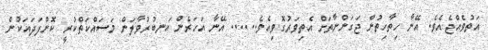
އަތުވެއްޖެއެވެ. އޭނާ ހިތާހިތުން ޖަގަންނާތަށް އެތިވަރުގޮވިއެވެ...... އޭނާ އަހަރެން އަނބުރުވާލަން މަސައްކަތްކުރީ ކޮންފަދައަކުން